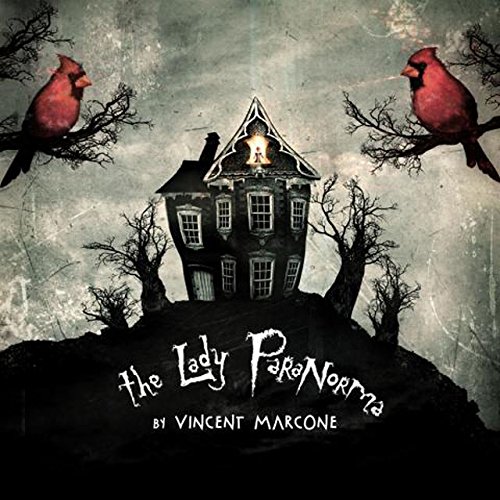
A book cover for The Lady ParaNorma HC; Vincent Marcone; Science Fiction & Fantasy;